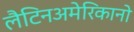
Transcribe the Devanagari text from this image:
लैटिनअमेरिकानो